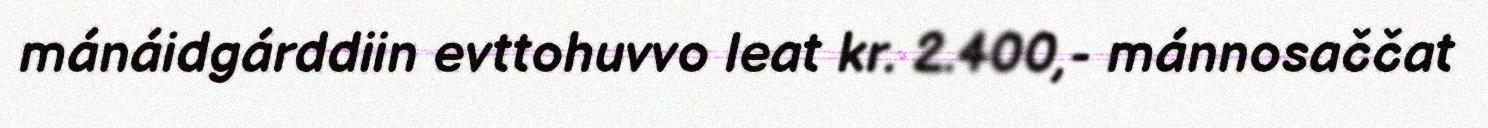
mánáidgárddiin evttohuvvo leat kr. 2.400,- mánnosaččat